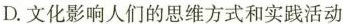
D.文化影响人们的思维方式和实践活动